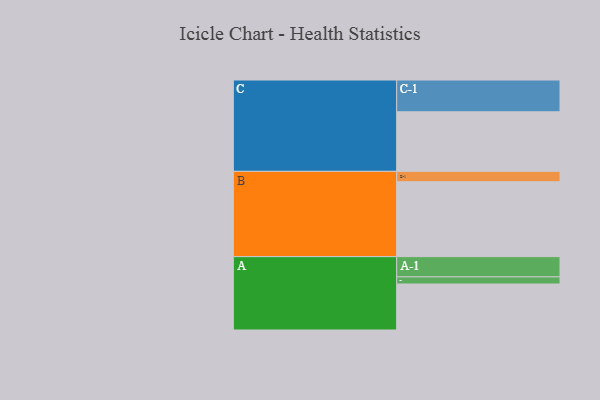
{"axis": {"x": "Segment", "y": "Value"}, "legend": ["", "A", "B", "C"], "data": [{"x": "A", "y": 350, "type": ""}, {"x": "B", "y": 570, "type": ""}, {"x": "C", "y": 453, "type": ""}, {"x": "A-1", "y": 154, "type": "A"}, {"x": "A-2", "y": 54, "type": "A"}, {"x": "B-1", "y": 79, "type": "B"}, {"x": "C-1", "y": 242, "type": "C"}]}